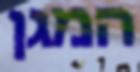
המגן